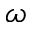
\omega